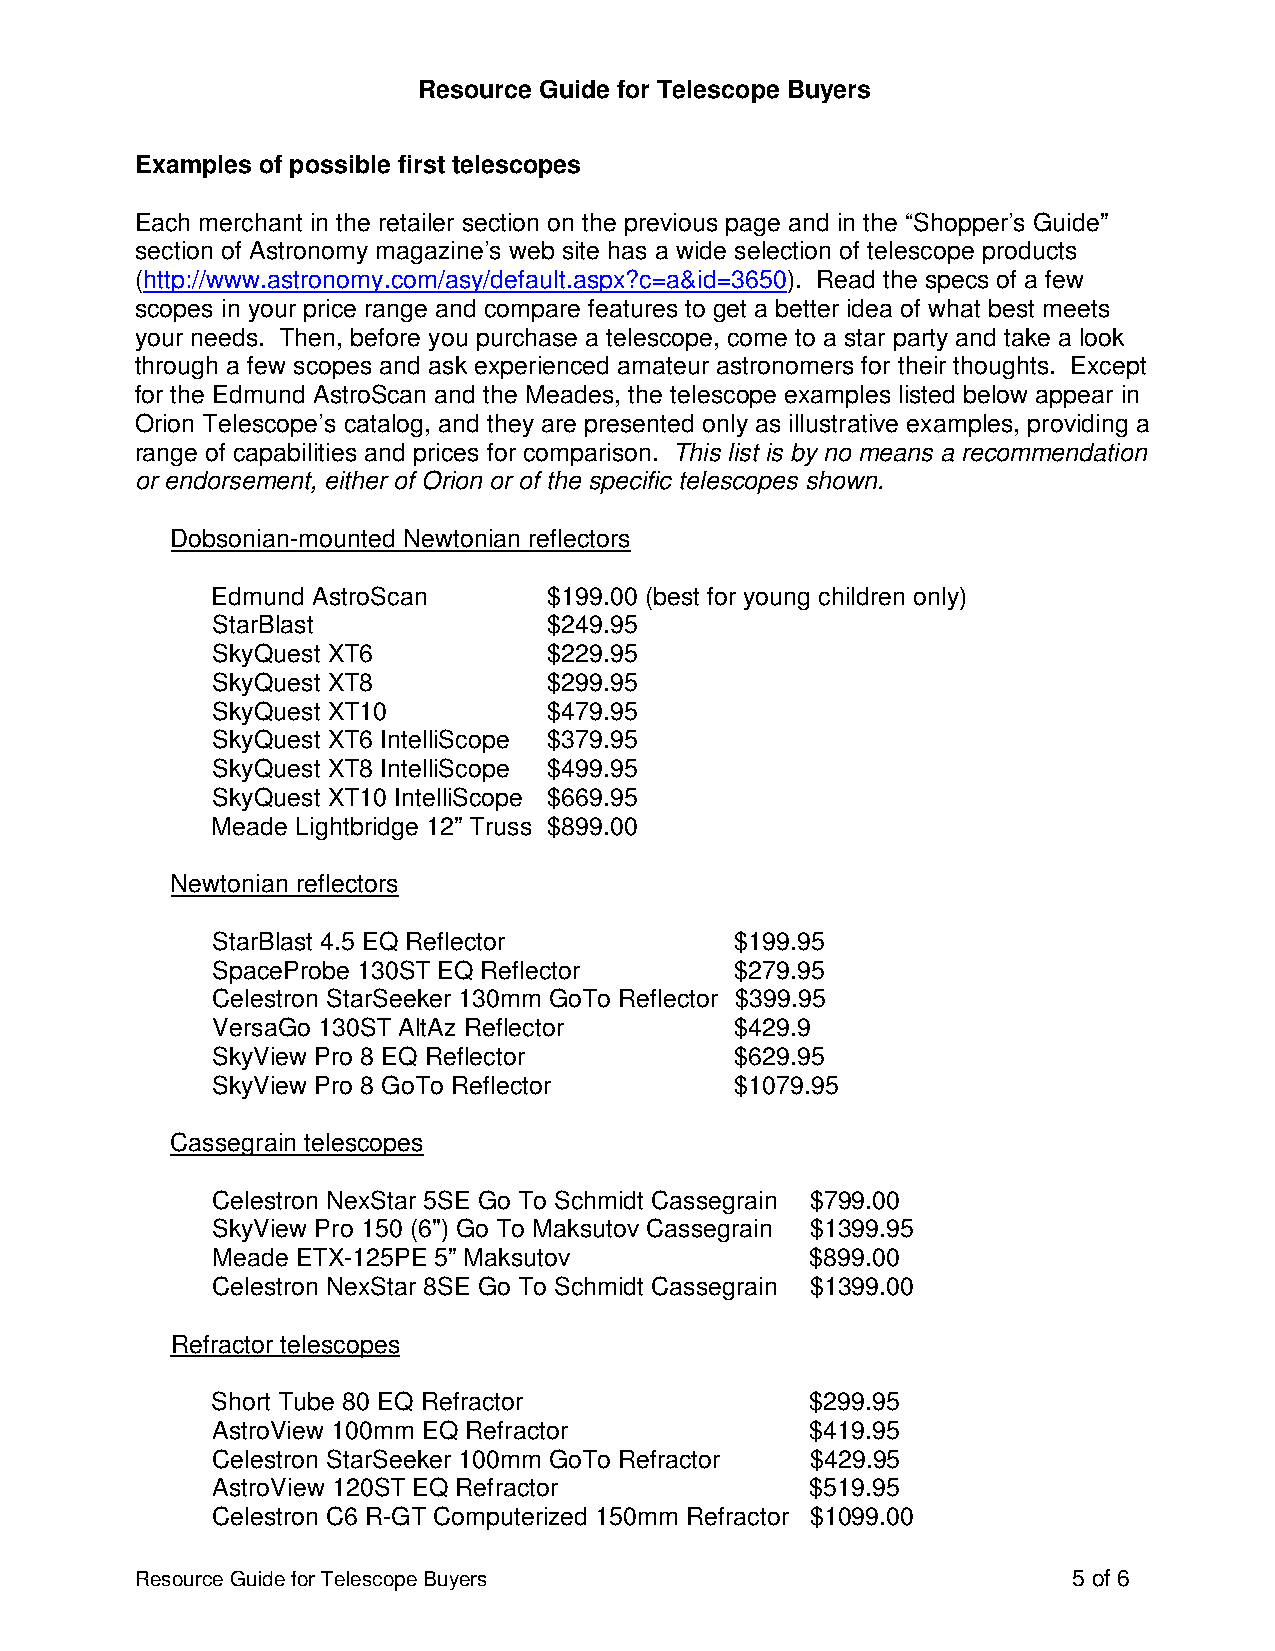
Resource Guide for Telescope Buyers
 Examples of possible first telescopes
 Each merchant in the retailer section on the previous page and in the “Shopper’s Guide”
 section of Astronomy magazine’s web site has a wide selection of telescope products
 (http://www.astronomy.com/asy/default.aspx?c=a&id=3650). Read the specs of a few
 scopes in your price range and compare features to get a better idea of what best meets
 your needs. Then, before you purchase a telescope, come to a star party and take a look
 through a few scopes and ask experienced amateur astronomers for their thoughts. Except
 for the Edmund AstroScan and the Meades, the telescope examples listed below appear in
 Orion Telescope’s catalog, and they are presented only as illustrative examples, providing a
 range of capabilities and prices for comparison. This list is by no means a recommendation
 or endorsement, either of Orion or of the specific telescopes shown.
 Dobsonian-mounted Newtonian reflectors
 Edmund AstroScan      $199.00 (best for young children only)
 StarBlast             $249.95
 SkyQuest XT6          $229.95
 SkyQuest XT8          $299.95
 SkyQuest XT10         $479.95
 SkyQuest XT6 IntelliScope $379.95
 SkyQuest XT8 IntelliScope $499.95
 SkyQuest XT10 IntelliScope $669.95
 Meade Lightbridge 12” Truss $899.00
 Newtonian reflectors
 StarBlast 4.5 EQ Reflector         $199.95
 SpaceProbe 130ST EQ Reflector      $279.95
 Celestron StarSeeker 130mm GoTo Reflector $399.95
 VersaGo 130ST AltAz Reflector      $429.9
 SkyView Pro 8 EQ Reflector         $629.95
 SkyView Pro 8 GoTo Reflector       $1079.95
 Cassegrain telescopes
 Celestron NexStar 5SE Go To Schmidt Cassegrain $799.00
 SkyView Pro 150 (6") Go To Maksutov Cassegrain $1399.95
 Meade ETX-125PE 5” Maksutov             $899.00
 Celestron NexStar 8SE Go To Schmidt Cassegrain $1399.00
 Refractor telescopes
 Short Tube 80 EQ Refractor              $299.95
 AstroView 100mm EQ Refractor            $419.95
 Celestron StarSeeker 100mm GoTo Refractor $429.95
 AstroView 120ST EQ Refractor            $519.95
 Celestron C6 R-GT Computerized 150mm Refractor $1099.00
 Resource Guide for Telescope Buyers                           5 of 6